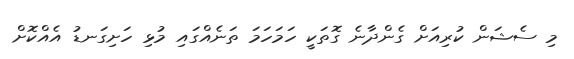
މި ސެޝަން ކުރިއަށް ގެންދާނެ ގޮތަކީ ހަމަހަމަ ތަނެއްގައި މުޅި ހަށިގަނޑު އެއްކޮށް